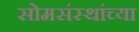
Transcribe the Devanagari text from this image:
सोमसंस्थांच्या